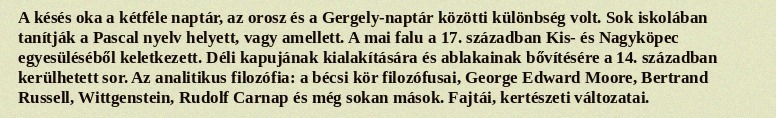
A késés oka a kétféle naptár, az orosz és a Gergely-naptár közötti különbség volt. Sok iskolában tanítják a Pascal nyelv helyett, vagy amellett. A mai falu a 17. században Kis- és Nagyköpec egyesüléséből keletkezett. Déli kapujának kialakítására és ablakainak bővítésére a 14. században kerülhetett sor. Az analitikus filozófia: a bécsi kör filozófusai, George Edward Moore, Bertrand Russell, Wittgenstein, Rudolf Carnap és még sokan mások. Fajtái, kertészeti változatai.